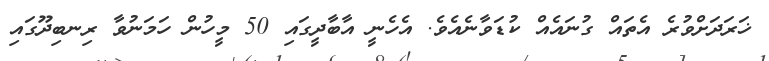
ޚަރަދަށްވުރެ އެތައް ގުނައެއް ކުޑަވާނެއެވެ. އެހެނީ އާބާދީގައި 50 މީހުން ހަމަނުވާ ރިނބިދޫގައި